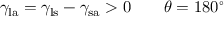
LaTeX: \gamma _ { \mathrm { l a } } = \gamma _ { \mathrm { l s } } - \gamma _ { \mathrm { s a } } > 0 \qquad \theta = 1 8 0 ^ { \circ }